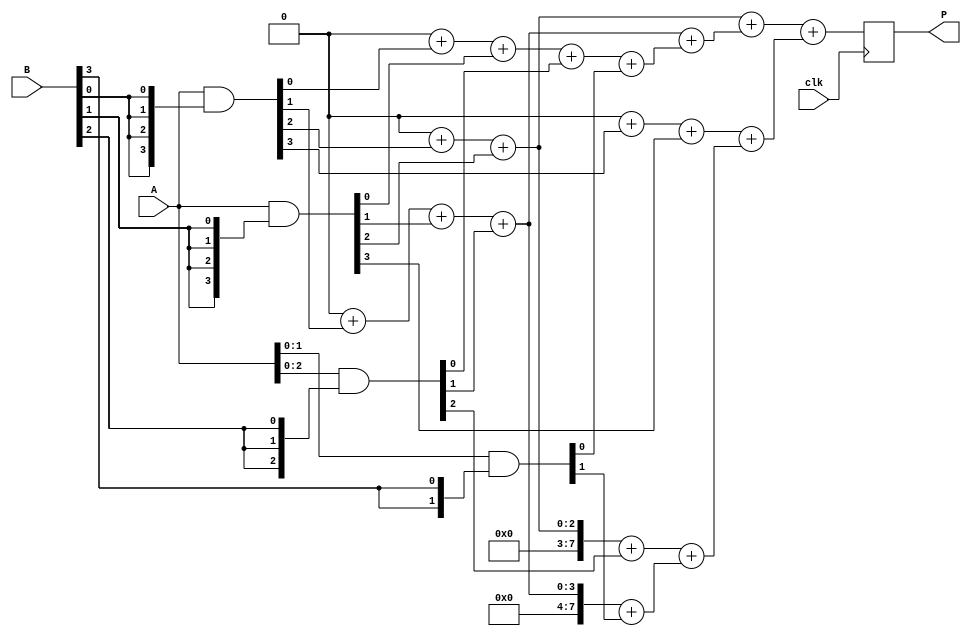
module WallaceTreeMultiplier #(parameter n = 4) (
    input clk,
    input [n-1:0] A,
    input [n-1:0] B,
    output reg [2*n-1:0] P
);

    reg [n-1:0] partial_products[n-1:0];
    reg [2*n-1:0] sum [0:n-2];
    reg [2*n-1:0] carry [0:n-2];
    integer i, j;

    // Generate partial products
    always @(*) begin
        for (i = 0; i < n; i = i + 1) begin
            partial_products[i] = A & {n{B[i]}};
        end
    end

    // Carry-Save Adder Tree
    always @(*) begin
        // Initialize sum and carry
        for (i = 0; i < n-1; i = i + 1) begin
            sum[i] = 0;
            carry[i] = 0;
        end

        // First layer of CSA
        for (i = 0; i < n; i = i + 1) begin
            for (j = 0; j < n; j = j + 1) begin
                if (i + j < n) begin
                    sum[i] = sum[i] + partial_products[j][i]; // Sum bits
                    carry[i] = carry[i] + partial_products[j][i + 1]; // Carry bits
                end
            end
        end

        // Second layer of CSA
        for (i = 0; i < n-2; i = i + 1) begin
            sum[i+1] = sum[i+1] + sum[i];
            carry[i+1] = carry[i+1] + carry[i];
        end
    end

    // Final addition
    always @(posedge clk) begin
        P <= sum[n-2] + carry[n-2]; // Final product
    end

endmodule